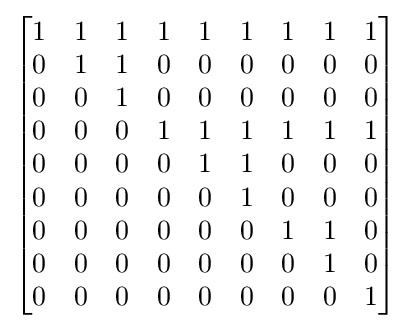
{\begin{bmatrix}1&1&1&1&1&1&1&1&1\\0&1&1&0&0&0&0&0&0\\0&0&1&0&0&0&0&0&0\\0&0&0&1&1&1&1&1&1\\0&0&0&0&1&1&0&0&0\\0&0&0&0&0&1&0&0&0\\0&0&0&0&0&0&1&1&0\\0&0&0&0&0&0&0&1&0\\0&0&0&0&0&0&0&0&1\end{bmatrix}}